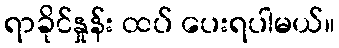
ရာခိုင်နှုန်း ထပ် ပေးရပါမယ်။